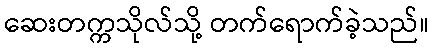
ဆေးတက္ကသိုလ်သို့ တက်ရောက်ခဲ့သည်။